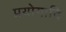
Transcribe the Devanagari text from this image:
प्रयोगादि